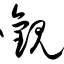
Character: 观